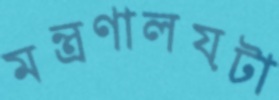
মন্ত্রণালয়টা